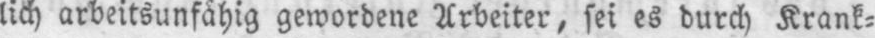
lich arbeitsunfähig gewordene Arbeiter, sei es durch Krank⸗